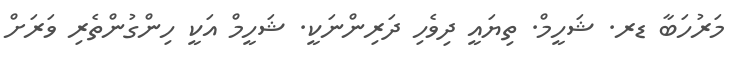
މަރުހަބާ ޑރ. ޝަހީމް. ތިޔައީ ދިވެހި ދަރިންނަކީ. ޝަހީމް އަކީ ހިންގުންތެރި ވަރަށް